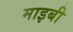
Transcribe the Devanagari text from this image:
माइबी